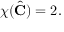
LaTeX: \chi ( { \hat { \mathbf { C } } } ) = 2 .